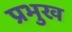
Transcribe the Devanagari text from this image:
प्रभुख